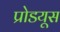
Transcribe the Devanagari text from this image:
प्रोडयूस